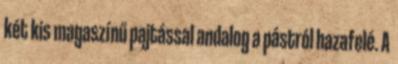
két kis magaszínű pajtással andalog a pástról hazafelé. A